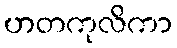
ဟတကုလိကာ